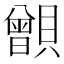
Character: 𧸑